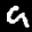
Label: 9